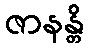
ဇာနန္တိ